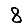
Digit: 8